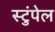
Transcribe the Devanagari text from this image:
स्टुंपेल